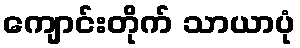
ကျောင်းတိုက် သာယာပုံ